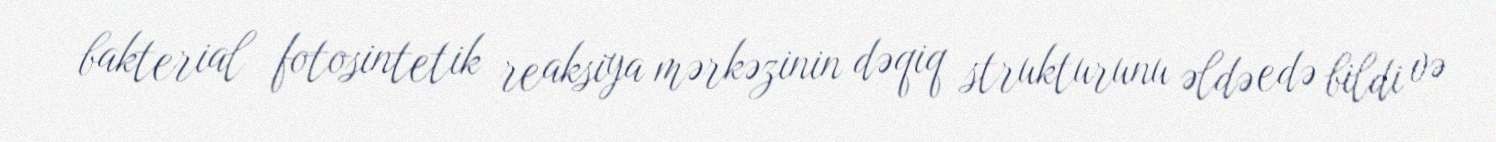
bakterial fotosintetik reaksiya mərkəzinin dəqiq strukturunu əldə edə bildi və